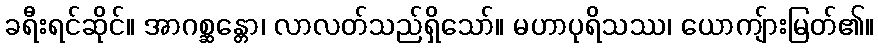
ခရီးရင်ဆိုင်။ အာဂစ္ဆန္တော၊ လာလတ်သည်ရှိသော်။ မဟာပုရိသဿ၊ ယောကျ်ားမြတ်၏။